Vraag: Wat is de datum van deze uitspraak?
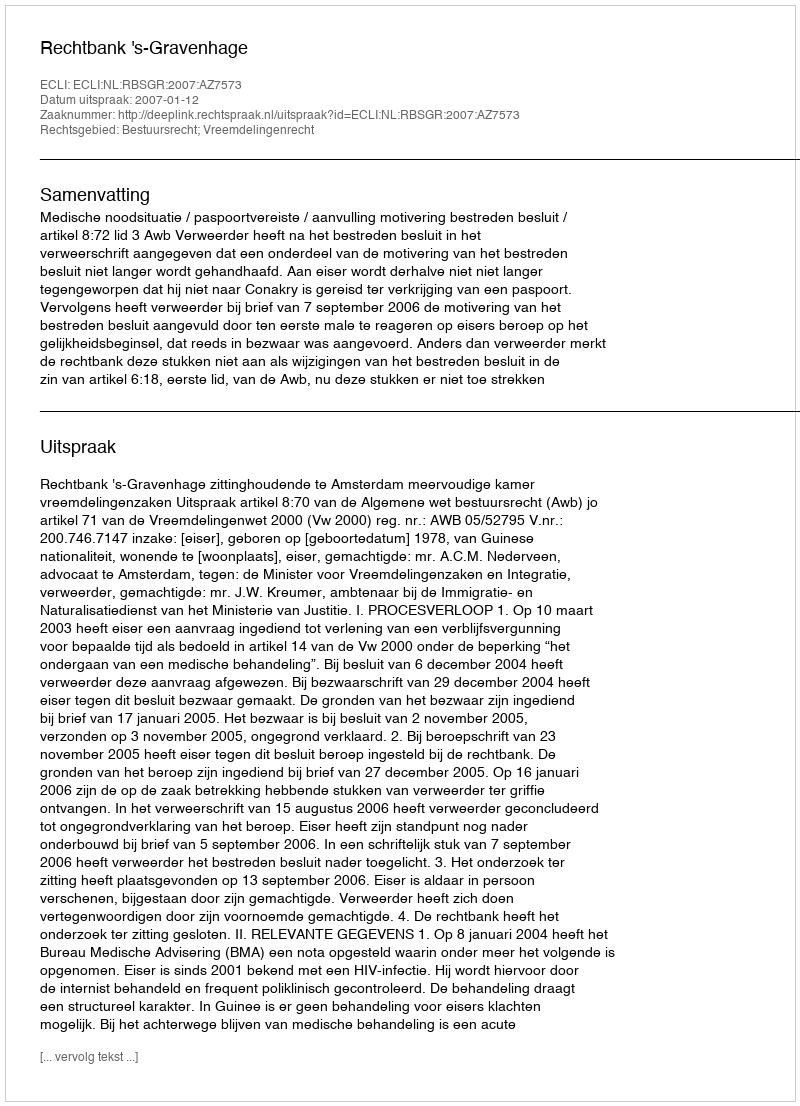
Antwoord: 2007-01-12